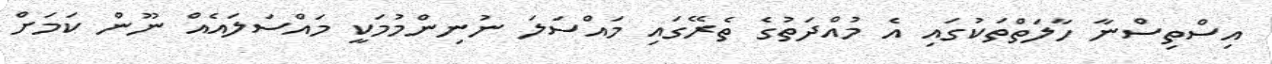
އިސްތިސްނާ ހާލަތްތަކުގައި އެ މުއްދަތުގެ ތެރޭގައި މައްސަލަ ނުނިންމުމަކީ މައްސަލައެއް ނޫން ކަމަށް